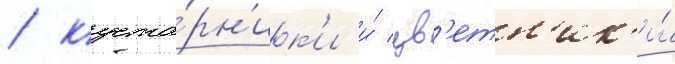
/ куста́рн'ик'и и́ цв'етн'ик'и́